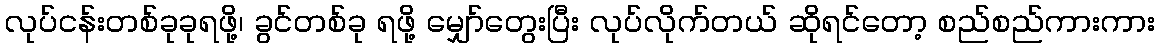
လုပ်ငန်းတစ်ခုခုရဖို့၊ ခွင်တစ်ခု ရဖို့ မျှော်တွေးပြီး လုပ်လိုက်တယ် ဆိုရင်တော့ စည်စည်ကားကား